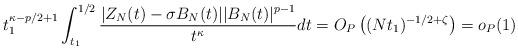
LaTeX: \begin{align*}t_1^{\kappa-p/2+1}\int_{t_1}^{1/2}\frac{\displaystyle|Z_N(t)-\sigma B_N(t)|| B_N(t)|^{p-1}}{t^{\kappa}}dt=O_P\left( (Nt_1)^{-1/2+\zeta} \right)=o_P(1)\end{align*}